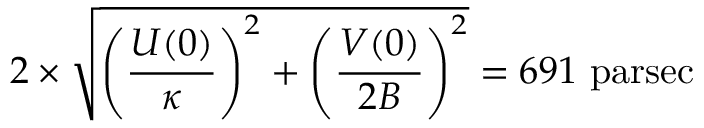
2 \times { \sqrt { \left( { \frac { U ( 0 ) } { \kappa } } \right) ^ { 2 } + \left( { \frac { V ( 0 ) } { 2 B } } \right) ^ { 2 } } } = 6 9 1 { \mathrm { ~ p a r s e c } }